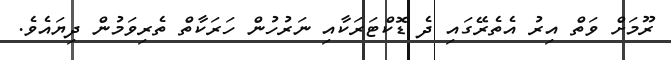
ރޫމަށް ވަތް އިރު އެތެރޭގައި ދެ ޑޮކްޓަރަކާއި ނަރުހުން ހަރަކާތް ތެރިވަމުން ދިޔައެވެ.